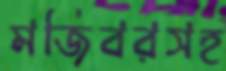
মজিবরসহ